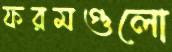
ফরমগুলো